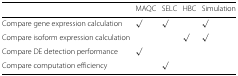
<table><thead><tr><td></td><td><b>MAQC</b></td><td><b>SELC</b></td><td><b>HBC</b></td><td><b>Simulation</b></td></tr></thead><tbody><tr><td>Compare gene expression calculation</td><td><i>√</i></td><td><i>√</i></td><td></td><td><i>√</i></td></tr><tr><td>Compare isoform expression calculation</td><td></td><td></td><td><i>√</i></td><td><i>√</i></td></tr><tr><td>Compare DE detection performance</td><td><i>√</i></td><td></td><td></td><td></td></tr><tr><td>Compare computation efficiency</td><td></td><td><i>√</i></td><td></td><td></td></tr></tbody></table>